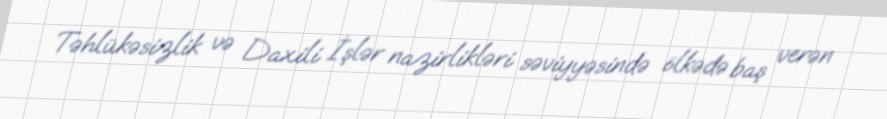
Təhlükəsizlik və Daxili İşlər nazirlikləri səviyyəsində ölkədə baş verən